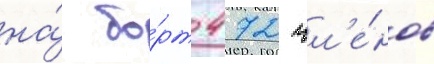
на́ бо́рт 472 чл'е́нов